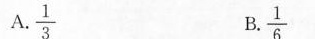
A.\frac{1}{3} B.\frac{1}{6}